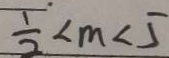
\frac { 1 } { 2 } < m < 5